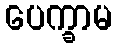
ပေက္ခာမ